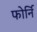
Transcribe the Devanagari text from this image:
फोर्नि